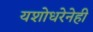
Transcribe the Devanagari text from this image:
यशोधरेनेही